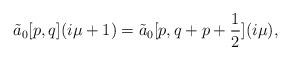
LaTeX: \begin{align*}\tilde{a}_{0}[p,q](i\mu+1)= \tilde{a}_{0}[p,q+p+\frac{1}{2}](i\mu),\end{align*}